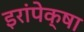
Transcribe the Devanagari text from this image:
इरांपेक्षा